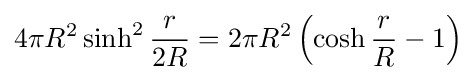
4\pi R^{2}\sinh ^{2}{\frac {r}{2R}}=2\pi R^{2}\left(\cosh {\frac {r}{R}}-1\right)